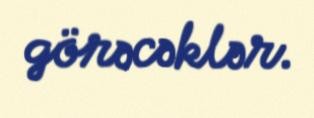
görəcəklər.